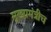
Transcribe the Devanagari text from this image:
मुख्यमंत्रीच